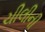
ચીલીની